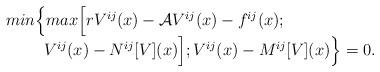
LaTeX: \begin{align*} \begin{array}{c}min\Big\{ max\Big[rV^{ij}(x)-\mathcal{A}V^{ij}(x)-f^{ij}(x);\qquad\qquad\qquad\qquad\\ V^{ij}(x)-N^{ij}[V](x)\Big];V^{ij}(x)-M^{ij}[V](x)\Big\}=0.\end{array}\end{align*}